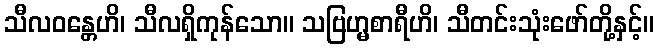
သီလဝန္တေဟိ၊ သီလရှိကုန်သော။ သဗြဟ္မစာရီဟိ၊ သီတင်းသုံးဖော်တို့နှင့်။